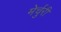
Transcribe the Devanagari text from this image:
मेर्चुरी